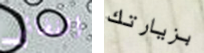
الفضائي بزيارتك